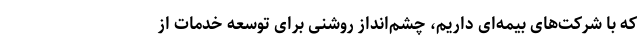
که با شرکت‌های بیمه‌ای داریم، چشم‌انداز روشنی برای توسعه خدمات از